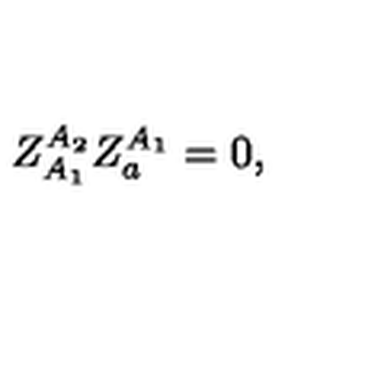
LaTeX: Z _ { A _ { 1 } } ^ { A _ { 2 } } Z _ { a } ^ { A _ { 1 } } = 0 ,